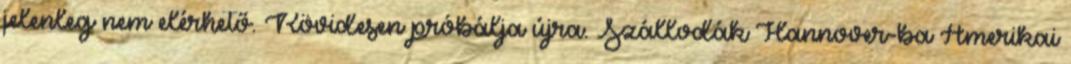
jelenleg nem elérhető. Rövidesen próbálja újra. Szállodák Hannover-ba Amerikai